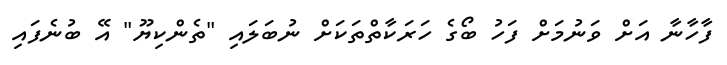
ފާހާނާ އަށް ވަނުމަށް ފަހު ބޯގެ ހަރަކާތްތަކަށް ނުބަލައި "ތެންކިޔޫ" އޭ ބުނެފައި